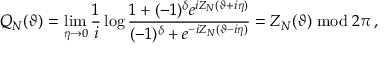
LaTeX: { \cal Q } _ { N } ( \vartheta ) = \mathop { \operatorname * { l i m } } _ { \eta \rightarrow 0 } \frac { 1 } { i } \log \frac { 1 + ( - 1 ) ^ { \delta } e ^ { i Z _ { N } ( \vartheta + i \eta ) } } { ( - 1 ) ^ { \delta } + e ^ { - i Z _ { N } ( \vartheta - i \eta ) } } = Z _ { N } ( \vartheta ) \bmod 2 \pi \: ,